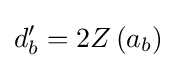
d'_{b}=2Z\left(a_{b}\right)